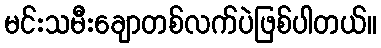
မင်းသမီးချောတစ်လက်ပဲဖြစ်ပါတယ်။